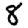
Digit: 8